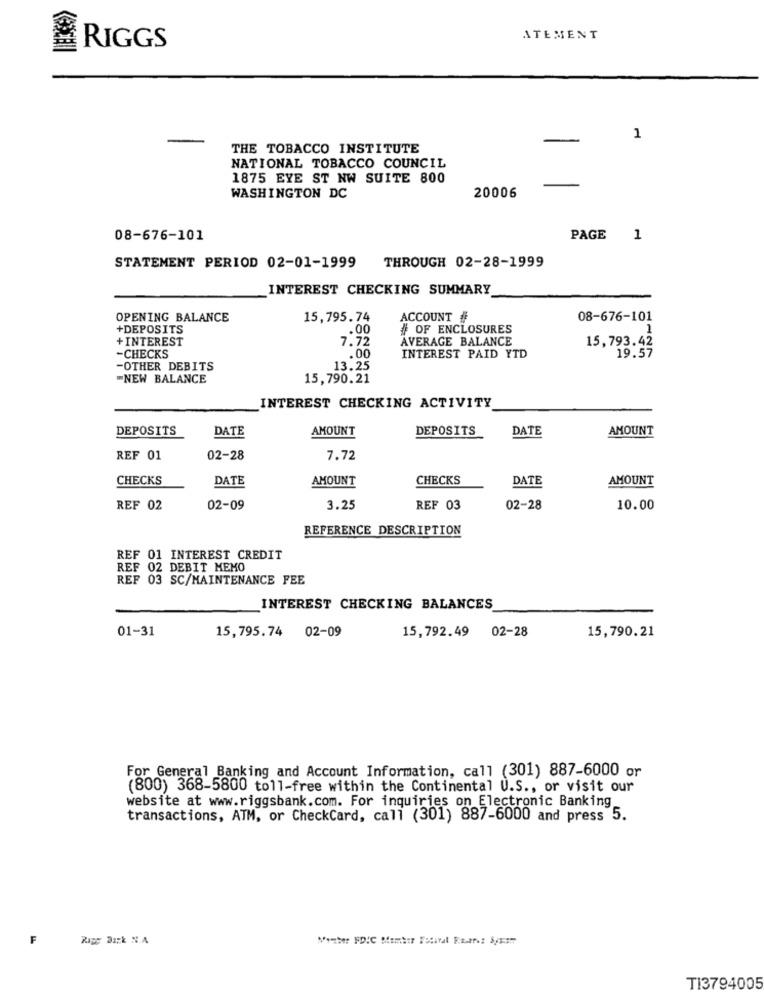
RIGGS
ATEMENT
1
THE TOBACCO INSTITUTE
NATIONAL TOBACCO COUNCIL
1875 EYE ST NW SUITE 800
WASHINGTON DC
20006
08-676-101
PAGE
1
STATEMENT PERIOD 02-01-1999
THROUGH 02-28-1999
INTEREST CHECKING SUMMARY
OPENING BALANCE
15,795.74
ACCOUNT #
08-676-101
+DEPOSITS
.00
# OF ENCLOSURES
1
+ INTEREST
7.72
AVERAGE BALANCE
15,793.42
-CHECKS
.00
INTEREST PAID YTD
19.57
-OTHER DEBITS
13.25
-NEW BALANCE
15,790.21
INTEREST CHECKING ACTIVITY
DEPOSITS
DATE
AMOUNT
DEPOSITS
DATE
AMOUNT
REF 01
02-28
7.72
CHECKS
DATE
AMOUNT
CHECKS
DATE
AMOUNT
REF 02
02-09
3.25
REF 03
02-28
10.00
REFERENCE DESCRIPTION
REF 01 INTEREST CREDIT
REF 02 DEBIT MEMO
REF 03 SC/MAINTENANCE FEE
INTEREST CHECKING BALANCES
01-31
15,795.74 02-09
15,792.49 02-28
15,790.21
For General Banking and Account Information, call (301) 887-6000 or
(800) 368-5800 toll-free within the Continental U.S ., or visit our
website at www.riggsbank.com. For inquiries on Electronic Banking
transactions, ATM, or CheckCard, cali (301) 887-6000 and press 5.
F
Rigg Back N.A
TI3794005